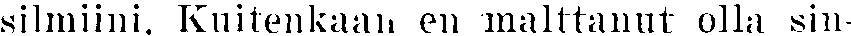
silmiini. Kuitenkaan en malttanut olla sin-